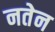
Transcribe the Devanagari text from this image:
नतेन